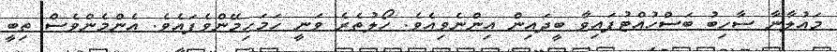
މައުލާނާ ސާހިބު ބަސްހުއްޓުފައިވާ ބީދައިން އިންނެވިއެވެ. ހޯލުތެރެ ވަނީ ހަމަހިމޭންވެފައެވެ. އެންމެންވެސް ތިބީ